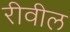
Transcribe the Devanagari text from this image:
रीवील